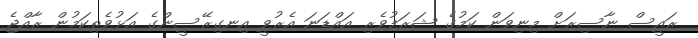
ރައީސް ނާސިރަށް މިިނިވަން ކަމުގެ ޝަރަފުވެރި އައްޑަނަ އެރުވީ އިނގިރޭސީންގެ އަޅުވެތިކަމުން ރާއްޖެ